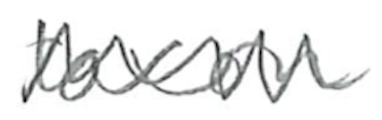
Text: taxon
Cross-out: zig-zag
Writing tool: pencil